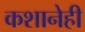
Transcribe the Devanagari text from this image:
कशानेही